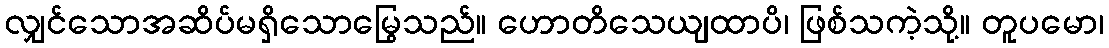
လျှင်သောအဆိပ်မရှိသောမြွေသည်။ ဟောတိသေယျထာပိ၊ ဖြစ်သကဲ့သို့။ တူပမော၊